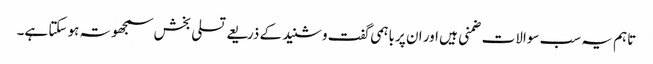
تاہم یہ سب سوالات ضمنی ہیں اور ان پر باہمی گفت وشنید کے ذریعے تسلی بخش سمجھوتہ ہو سکتا ہے۔